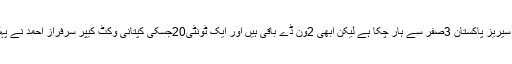
گو کہ5میچوں کی سیریز پاکستان 3صفر سے ہار چکا ہے لیکن ابھی 2وَن ڈے باقی ہیں اور ایک ٹونٹی20جسکی کپتانی وکٹ کیپر سرفراز احمد نے پہلی دفعہ کرنی ہے۔